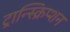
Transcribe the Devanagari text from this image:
ट्रान्स्क्रिप्शन